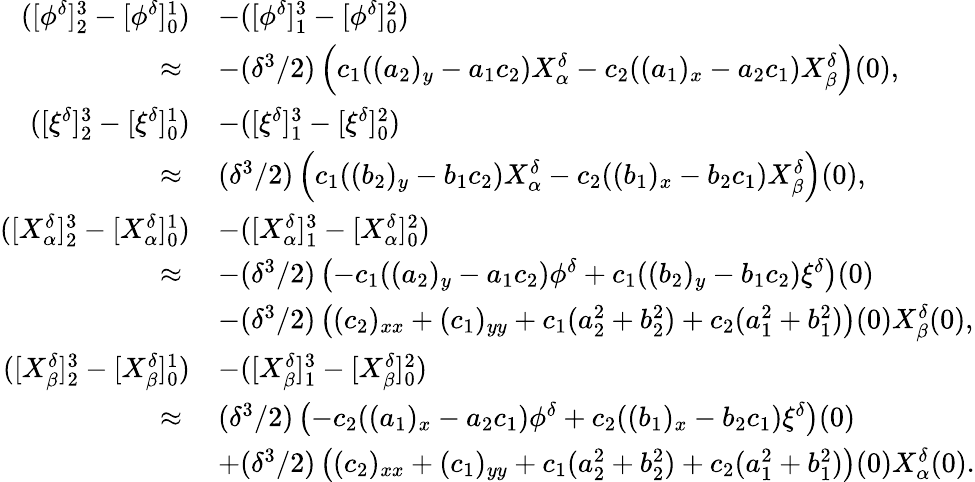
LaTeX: \begin{array}{rl}{([\phi^{\delta}]_{2}^{3}-[\phi^{\delta}]_{0}^{1})}&{-([\phi^{\delta}]_{1}^{3}-[\phi^{\delta}]_{0}^{2})}\\ {\approx\; }&{-(\delta^{3}/2)\left(c_{1}((a_{2})_{y}-a_{1}c_{2})X_{\alpha}^{\delta}-c_{2}((a_{1})_{x}-a_{2}c_{1})X_{\beta}^{\delta}\right)(0),}\\ {([\xi^{\delta}]_{2}^{3}-[\xi^{\delta}]_{0}^{1})}&{-([\xi^{\delta}]_{1}^{3}-[\xi^{\delta}]_{0}^{2})}\\ {\approx\; }&{(\delta^{3}/2)\left(c_{1}((b_{2})_{y}-b_{1}c_{2})X_{\alpha}^{\delta}-c_{2}((b_{1})_{x}-b_{2}c_{1})X_{\beta}^{\delta}\right)(0),}\\ {([X_{\alpha}^{\delta}]_{2}^{3}-[X_{\alpha}^{\delta}]_{0}^{1})}&{-([X_{\alpha}^{\delta}]_{1}^{3}-[X_{\alpha}^{\delta}]_{0}^{2})}\\ {\approx\; }&{-(\delta^{3}/2)\left(-c_{1}((a_{2})_{y}-a_{1}c_{2})\phi^{\delta}+c_{1}((b_{2})_{y}-b_{1}c_{2})\xi^{\delta}\right)(0)}\\ &{-(\delta^{3}/2)\left((c_{2})_{xx}+(c_{1})_{yy}+c_{1}(a_{2}^{2}+b_{2}^{2})+c_{2}(a_{1}^{2}+b_{1}^{2})\right)(0)X_{\beta}^{\delta}(0),}\\ {([X_{\beta}^{\delta}]_{2}^{3}-[X_{\beta}^{\delta}]_{0}^{1})}&{-([X_{\beta}^{\delta}]_{1}^{3}-[X_{\beta}^{\delta}]_{0}^{2})}\\ {\approx\; }&{(\delta^{3}/2)\left(-c_{2}((a_{1})_{x}-a_{2}c_{1})\phi^{\delta}+c_{2}((b_{1})_{x}-b_{2}c_{1})\xi^{\delta}\right)(0)}\\ &{+(\delta^{3}/2)\left((c_{2})_{xx}+(c_{1})_{yy}+c_{1}(a_{2}^{2}+b_{2}^{2})+c_{2}(a_{1}^{2}+b_{1}^{2})\right)(0)X_{\alpha}^{\delta}(0).}\end{array}